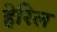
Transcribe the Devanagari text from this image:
हेरिल